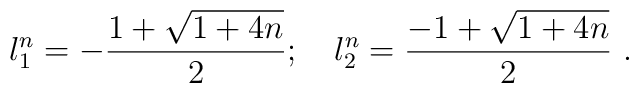
{l_1^n} =-\frac{1+\sqrt{1+4n}}{2};~~~{l_2^n} =\frac{-1+\sqrt{1+4n}}{2}~.